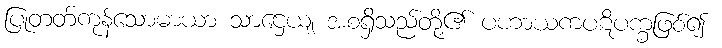
ပြုတတ်ကုန်သောမာယာ သာဌေယျ အစရှိသည်တို့၏ ပဟာယကပဋိပက္ခဖြစ်၍